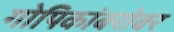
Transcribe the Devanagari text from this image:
गोपिकांबरोबर